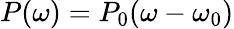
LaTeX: P(\omega)=P_{0}(\omega-\omega_{0})